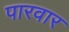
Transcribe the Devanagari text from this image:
पारवार